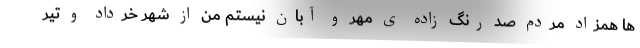
ها همزاد مردم صد رنگ زاده ی مهر و آبان نیستم من از شهر خرداد و تیر